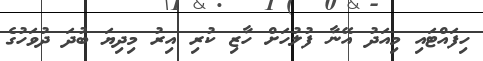
ހިފައްޓައި މިއަދު އޭނާ ފުލުހަށް ހާޒި ކުރި އިރު މިދިޔަ ބުދަ ދުވަހުގެ